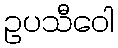
ဥပသီဝေါ